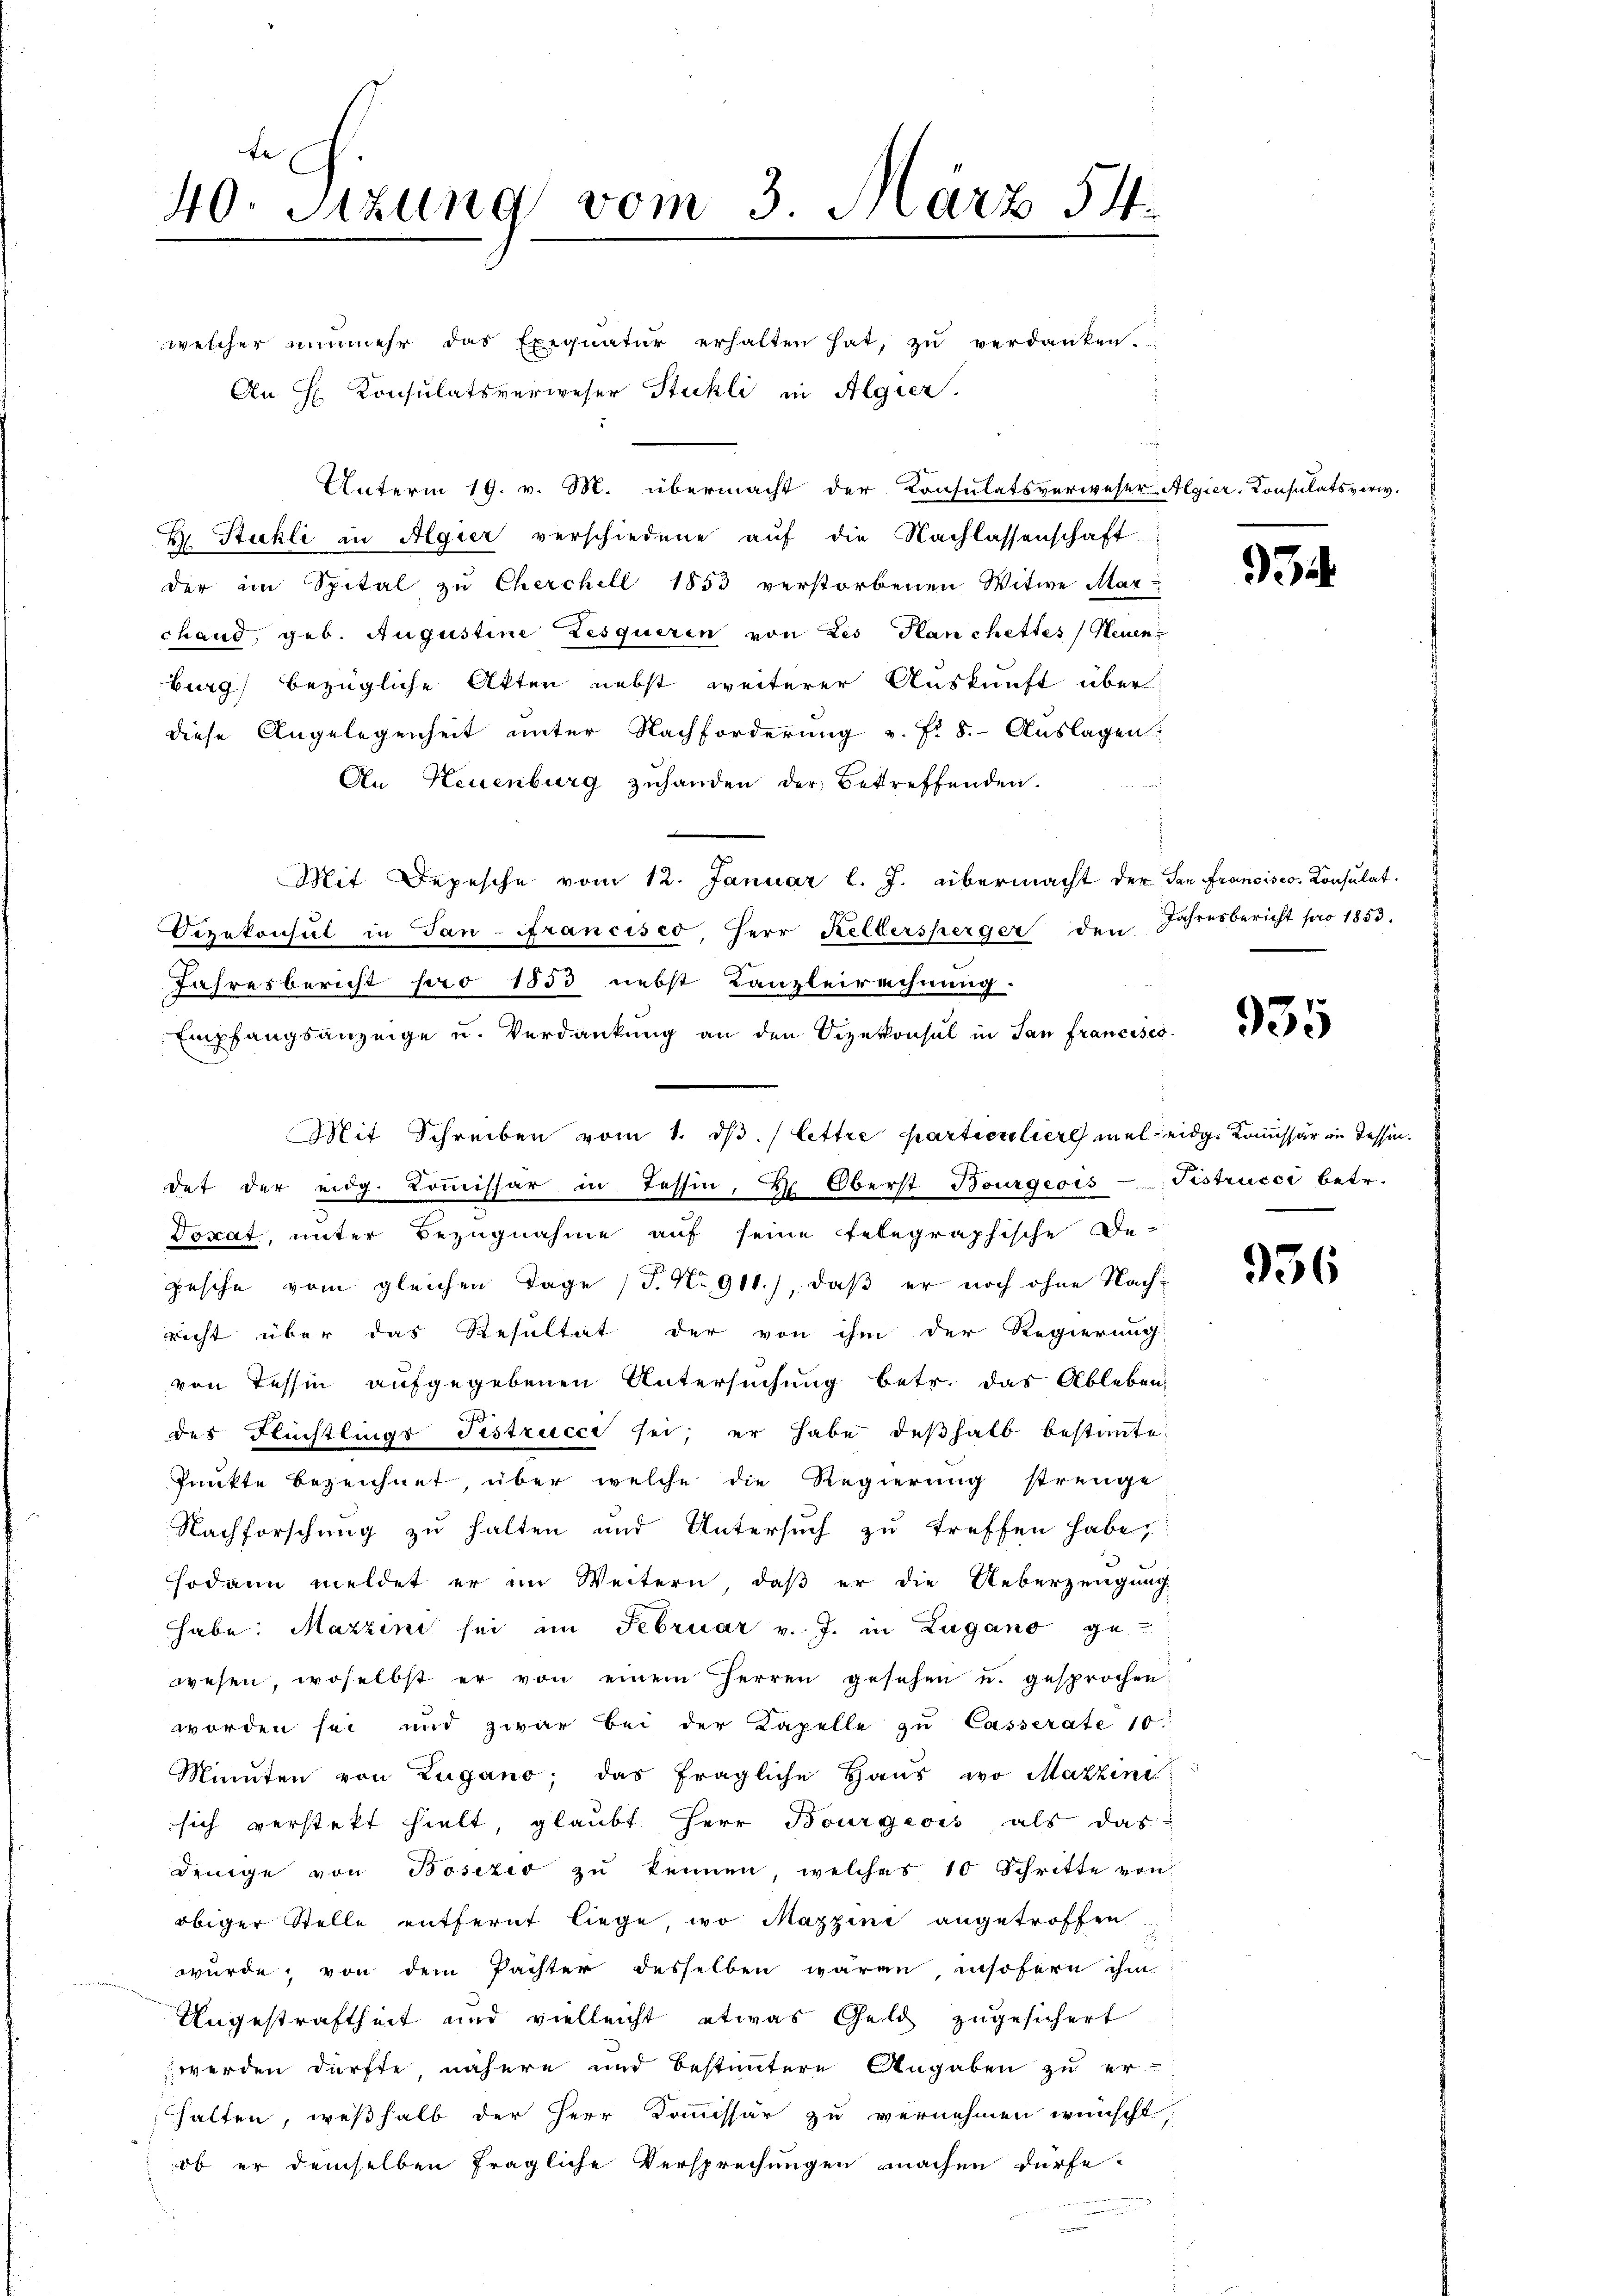
te
40. Sitzung vom 3. März 54.

welcher nunmehr das Exequatur erhalten hat, zŭ verdanken.
An H. Konsulatsverweser Stuckli in Algier
Unterm 19. v. M. übermacht der Konsulatsverweser Algier-Consulatsverw.
H. Stuhli in Algier verschiedene auf die Nachlassenschaft
der im Spital zu Cherchill 1853 verstorbenen Witwe Mar-
chand, geb. Augustine Zesqueren von Les Hanchettes (Neuen
burg bezügliche Akten nebst weiterer Auskunft über
diese Angelegenheit unter Nachforderung v. Fr. 8. Auslagen.
An Neuenburg zuhanden der Betreffenden.
Mit Depesche vom 12. Januar l. J. übermacht der San Francisco Consulat
Vizekonsul in Jan-ifrancisco, Herr Keltersperger den Jahresbericht pro 1853.
Jahresbericht pro 1853 nebst Kanzleirechnung.
Empfangsanzeige u. Verdankung an den Vizekonsul in San Francisco
Mit Schreiben vom 1. dβ. (Lettre particuliere mal eidg. Kommissär in Tessin.
det der eidg. Kommissär in Tessin, d. Oberst Bourgeois-Tistrucci betr.
Dorat, unter Bezugnahme auf seine telegraphische De-
pesche vom gleichen Tage (T. No 911), daß er noch ohne Nachricht über das Resultat der von ihm der Regierung
von Tessin aufgegebenen Untersuchung betr. das Ableben
f
des Flüchtlings distrucci sei; er habe deßhalb bestante
Punkte bezeichnet, über welche die Regierung strenge
Nachforschung zu halten und Untersuch zu treffen habe,
sodann meldet er im Weitern, daß er die Ueberzeugung
habe: Mazzini sei im Februar v. J. in Lugano ge-
wesen, woselbst er von einem Herren gesehen u. gesprochen:
worden sei und zwar bei der Kapelle zŭ Casserate 10.
Minuten von Zugano, das fragliche Haus, wo Mazzine
sich verstekt hielt, glaubt Herr Bourgeois als das
denige von Bosizio zu kennen, welches 10 Schritte von
obiger Stelle entfernt liege, wo Mazzini angetroffen
wurde, von dem Pachter desselben waren, insofern ihm
Ungestraftheit und vielleicht etwas Geld zugesichert
 werden dürfte, nähere und bestimmtere Angaben zu er-
halten, weßhalb der Herr Kommissär zu vernehmen wünscht:
ob er demselben fragliche Versprechungen machen dürfe.

.

935

936